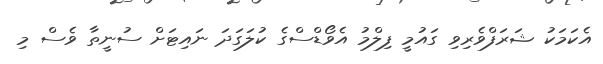
އެކަމަކު ޝަރަފްވެރިވި ގައުމީ ފިލްމު އެވޯޑްސްގެ ކުލަގަދަ ނައިޓަށް ސުނީތާ ވެސް މި